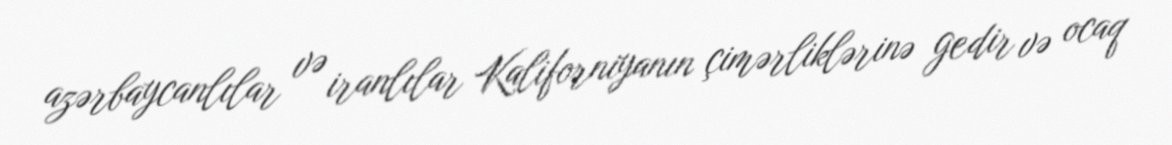
azərbaycanlılar və iranlılar Kaliforniyanın çimərliklərinə gedir və ocaq